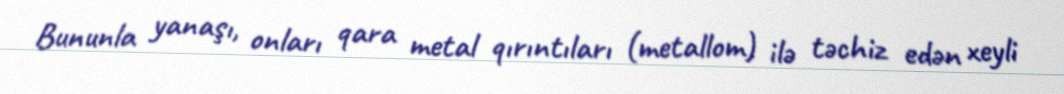
Bununla yanaşı, onları qara metal qırıntıları (metallom) ilə təchiz edən xeyli